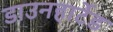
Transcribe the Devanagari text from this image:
डाउनहार्टेड